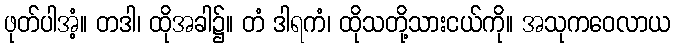
ဖုတ်ပါအံ့။ တဒါ၊ ထိုအခါ၌။ တံ ဒါရကံ၊ ထိုသတို့သားငယ်ကို။ အသုကဝေလာယ